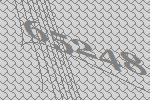
65248